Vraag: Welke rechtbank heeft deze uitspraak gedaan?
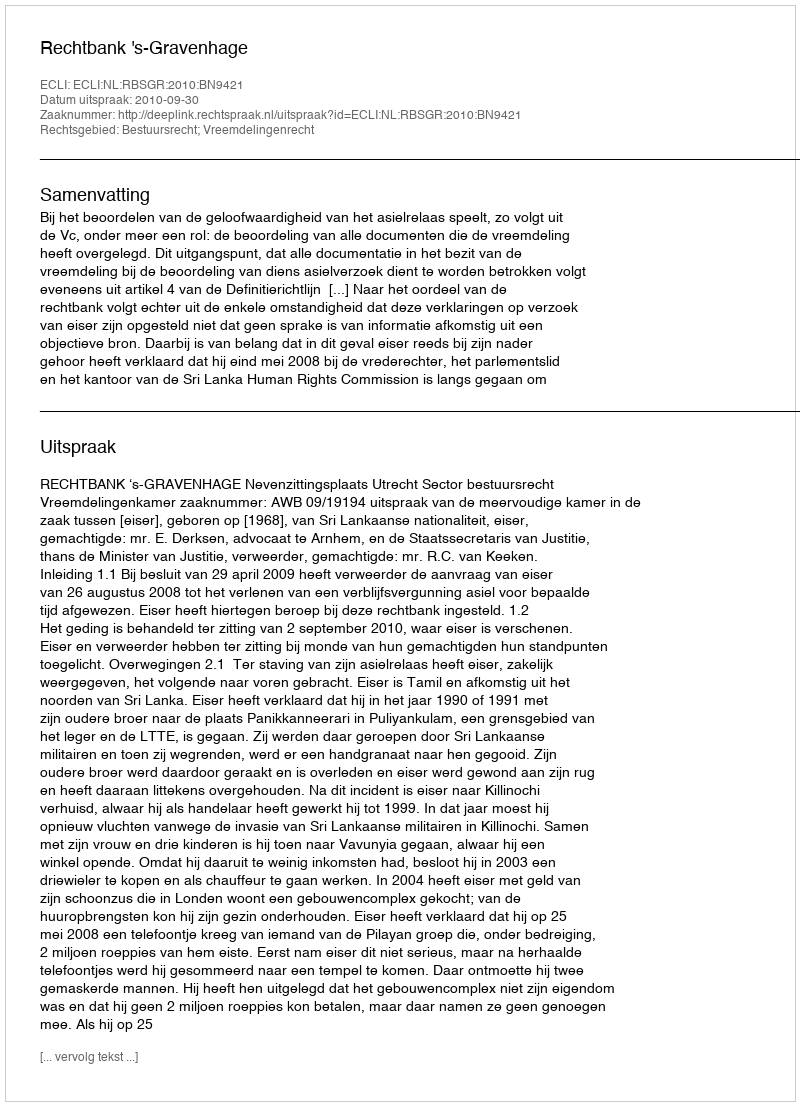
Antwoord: Rechtbank 's-Gravenhage